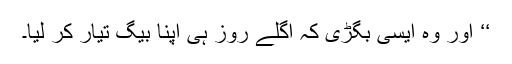
‘‘ اور وہ ایسی بگڑی کہ اگلے روز ہی اپنا بیگ تیار کر لیا۔